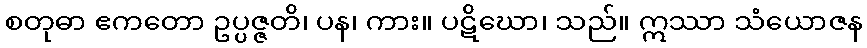
စတုဓာ ဧကတော ဥပ္ပဇ္ဇတိ၊ ပန၊ ကား။ ပဋိဃော၊ သည်။ ဣဿာ သံယောဇန